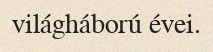
világháború évei.